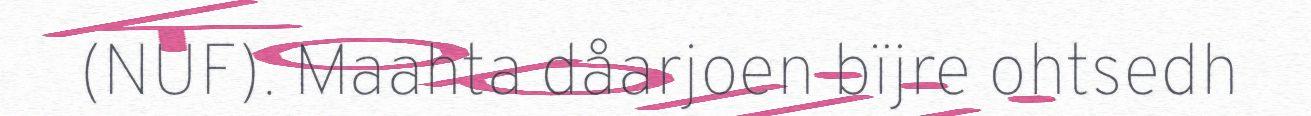
(NUF). Maahta dåarjoen bïjre ohtsedh